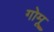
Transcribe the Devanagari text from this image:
गोमू